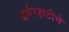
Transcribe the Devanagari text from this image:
कर्मरहाटीचे